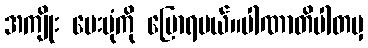
အကျိုး ပေးပုံကို ပြောရမယ်။ပါဏာတိပါတမှ